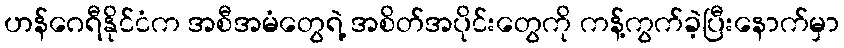
ဟန်ဂေရီနိုင်ငံက အစီအမံတွေရဲ့ အစိတ်အပိုင်းတွေကို ကန့်ကွက်ခဲ့ပြီးနောက်မှာ